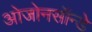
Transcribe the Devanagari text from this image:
ओजोनसॉन्‍डे